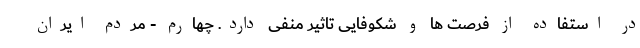
در استفاده از فرصت ها و شکوفایی تاثیر منفی دارد. چهارم - مردم ایران